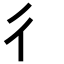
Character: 彳